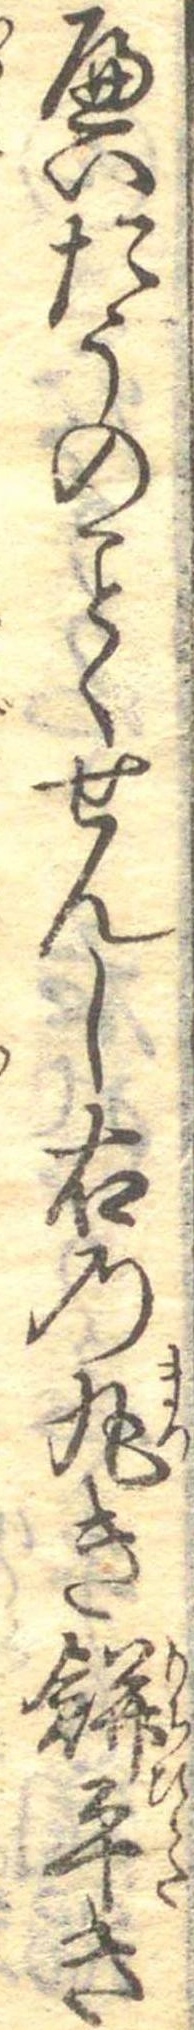
へいたうのくせんし右の丸き餅平き